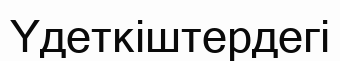
Үдеткіштердегі